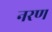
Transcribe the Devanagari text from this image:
नरण